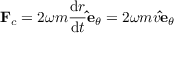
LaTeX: \mathbf { F } _ { c } = 2 \omega m { \frac { \mathrm { { d } } r } { \mathrm { { d } } t } } \mathbf { \hat { e } } _ { \theta } = 2 \omega m v \mathbf { \hat { e } } _ { \theta }